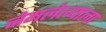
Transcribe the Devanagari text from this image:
नेमलेल्याला